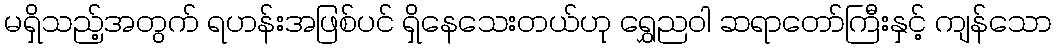
မရှိသည့်အတွက် ရဟန်းအဖြစ်ပင် ရှိနေသေးတယ်ဟု ရွှေညဝါ ဆရာတော်ကြီးနှင့် ကျန်သော